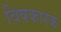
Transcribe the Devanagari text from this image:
विषकारक